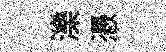
濼慿